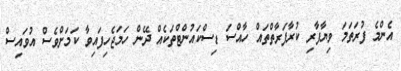
އެންމެ ފުރަތަމަ ވިޔާފާރި ކުރާފަރާތްތައް ހާއްސަ ޑިސްކައުންޓްތަކެއް ދޭން ހަމަޖެހިފައިވާ ކަމަށްވެސް އުވައިސް